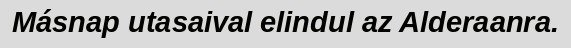
Másnap utasaival elindul az Alderaanra.